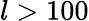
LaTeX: l>100